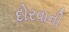
દોરવાની